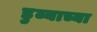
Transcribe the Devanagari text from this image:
डुब्याच्या